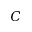
C